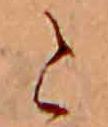
と